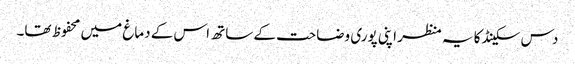
دس سکینڈ کا یہ منظر اپنی پوری وضاحت کے ساتھ اس کے دماغ میں محفوظ تھا۔